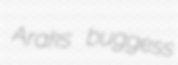
Araks buggess